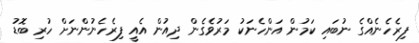
ފިރެހެނެއްގެ ނުބައި ކަމުން އަންހެނަކު މަރުވެގެން ދިއުން އެއީ ފިރެހެނުންނަށް ހުރި ބޮޑު